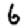
Digit: 6